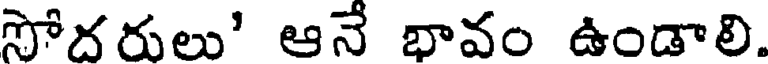
సోదరులు' ఆనే భావం ఉండాలి.